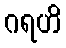
ဂရဟိ